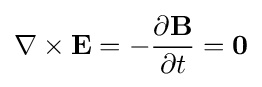
\nabla \times \mathbf {E} =-{\frac {\partial \mathbf {B} }{\partial t}}={\boldsymbol {0}}